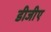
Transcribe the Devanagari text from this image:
डीजीए